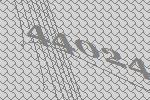
44024